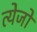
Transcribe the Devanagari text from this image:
त्येजो